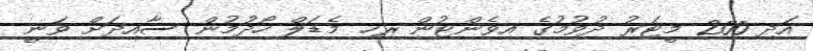
އަދި 200 މީޓަރު ދުވުމުގެ އިވެންޓުން ރިހި މެޑަލް ހޯދުމުން ސާއިދަށް ވަނީ